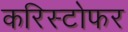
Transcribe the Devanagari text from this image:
करिस्टोफर